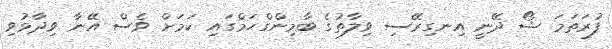
ފުރަތަމަ ޝޯ ދޭނީ އިނގިރޭސި ވިލާތުގެ ބާމިންގްހަމްގައި ކަމަށް ވެސް އޭނާ ވިދާޅުވި